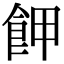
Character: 𩚲